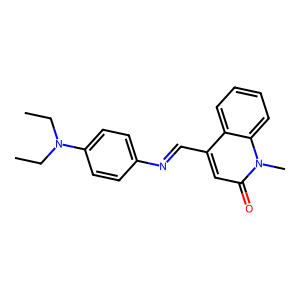
SMILES: CCN(CC)c1ccc(N=Cc2cc(=O)n(C)c3ccccc23)cc1
Inhibits HIV replication: No